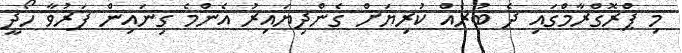
މި ޕްރޮގްރާމްގައި ދެ ބުރެއް ކުރިޔަށް ގެންދިޔައިރު އެންމެ ގިނައިން ފަރުވާ ހޯދީ